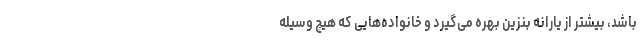
باشد، بیشتر از یارانه بنزین بهره می‌گیرد و خانواده‌هایی که هیچ وسیله